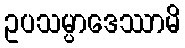
ဥပသမ္ပာဒေဿာမိ